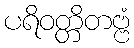
ပရိဝတ္တိတဗ္ဗံ